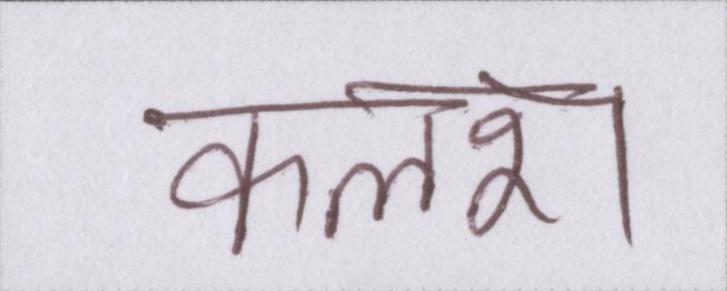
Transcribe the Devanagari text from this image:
कलश